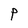
Character: P